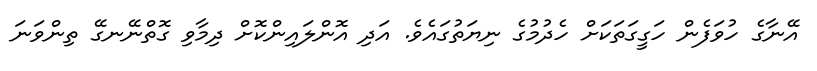
އޭނާގެ ހުވަފެން ހަގީގަތަކަށް ހެދުމުގެ ނިޔަތުގައެވެ. އަދި އޮންލައިންކޮށް ދިމާވި ގޮތްނޭނގޭ ތިންވަނަ